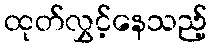
ထုတ်လွှင့်နေသည့်